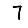
Digit: 7